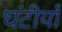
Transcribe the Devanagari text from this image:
घंटीयाँ